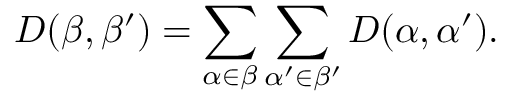
D ( \beta , \beta ^ { \prime } ) = \sum _ { \alpha \in \beta } \sum _ { \alpha ^ { \prime } \in \beta ^ { \prime } } D ( \alpha , \alpha ^ { \prime } ) .